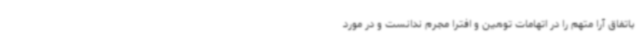
باتفاق آرا متهم را در اتهامات توهین و افترا مجرم ندانست و در مورد